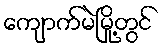
ကျောက်မဲမြို့တွင်